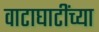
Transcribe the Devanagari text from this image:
वाटाघाटींच्या